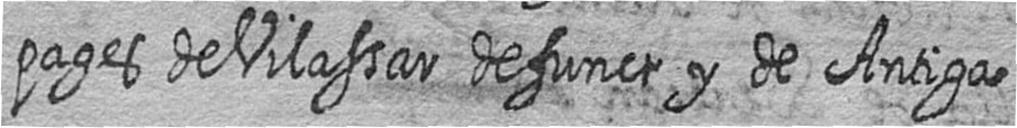
pages de Vilassar defunct y de Antiga